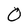
Character: 0